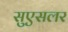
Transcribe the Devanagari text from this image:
सुएसलर